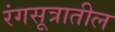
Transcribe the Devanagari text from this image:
रंगसूत्रातील